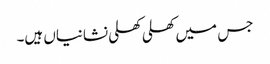
جس میں کھلی کھلی نشانیاں ہیں۔